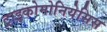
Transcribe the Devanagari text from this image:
ट्राइकोमोनियेसिस